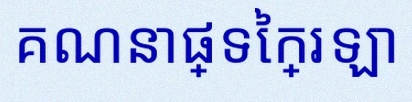
គណនាផ្ទៃក្រឡា